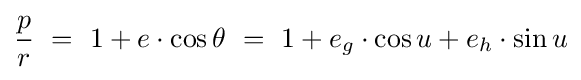
{\frac {p}{r}}\ =\ 1+e\cdot \cos \theta \ =\ 1+e_{g}\cdot \cos u+e_{h}\cdot \sin u